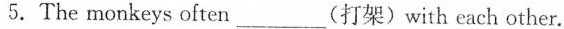
5.The monkeys often_________(打架)with each other.